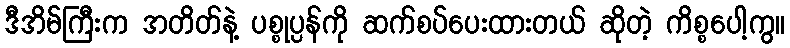
ဒီအိမ်ကြီးက အတိတ်နဲ့ ပစ္စုပ္ပန်ကို ဆက်စပ်ပေးထားတယ် ဆိုတဲ့ ကိစ္စပေါ့ကွ။